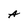
Character: A